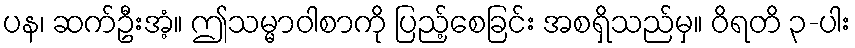
ပန၊ ဆက်ဦးအံ့။ ဤသမ္မာဝါစာကို ပြည့်စေခြင်း အစရှိသည်မှ။ ဝိရတိ ၃-ပါး